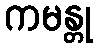
ကမန္တု